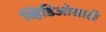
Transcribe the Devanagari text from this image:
व्हिडिओसाठी